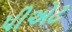
પીએટ